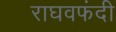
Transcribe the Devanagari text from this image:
राघवफंदी